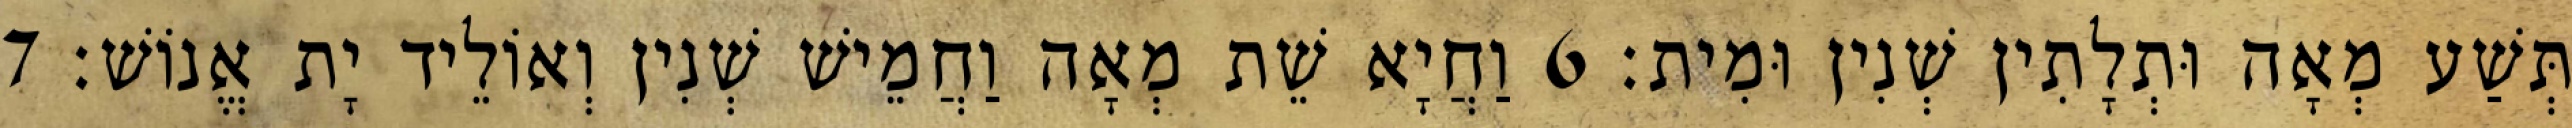
תְּשַׁע מְאָה וּתְלָתִין שְׁנִין וּמִית׃ 6 וַחֲיָא שֵׁת מְאָה וַחֲמֵישׁ שְׁנִין וְאוֹלֵיד יָת אֱנוֹשׁ׃ 7